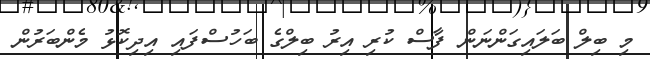
މި ބިލް ބަލައިގަންނަން ފާސް ކުރި އިރު ބިލްގެ ބަހުސްފައި އިދިކޮޅު މެންބަރުން